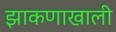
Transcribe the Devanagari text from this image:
झाकणाखाली